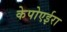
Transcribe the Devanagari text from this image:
केपोएईरा